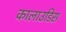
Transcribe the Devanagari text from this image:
कालाउडिस